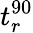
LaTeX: t_{r}^{90}